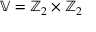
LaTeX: \mathbb { V } = \mathbb { Z } _ { 2 } \times \mathbb { Z } _ { 2 }